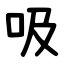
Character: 吸